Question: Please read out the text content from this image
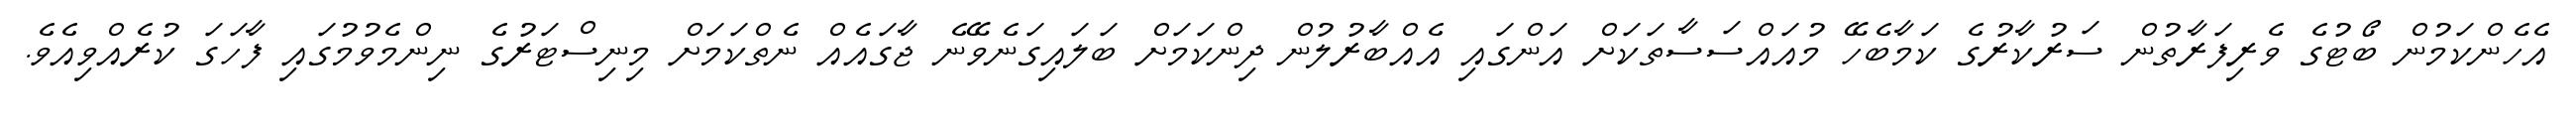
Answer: އެހެންކަމުން ބޯޓުގެ ވެރިފަރާތުން ސަރުކާރުގެ ކަމާބެހޭ މުއައްސަސާތަކަށް އަންގައި އެއްބާރުލުން ދިންކަމަށް ބަލައިގަނެވޭނެ ޖާގައެއް ނެތްކަމަށް މިނިސްޓަރުގެ ނިންމެވުމުގައި ފާހަގަ ކުރެއްވިއެވެ.